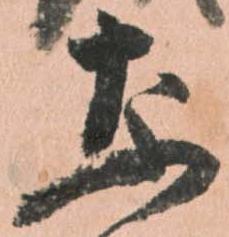
な